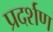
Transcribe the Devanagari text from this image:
प्रदर्शण